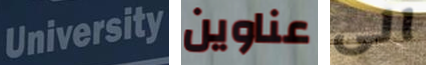
University عناوين الى